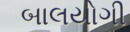
બાલયોગી